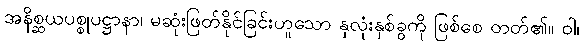
အနိစ္ဆယပစ္စုပဋ္ဌာနာ၊ မဆုံးဖြတ်နိုင်ခြင်းဟူသော နှလုံးနှစ်ခွကို ဖြစ်စေ တတ်၏။ ဝါ၊